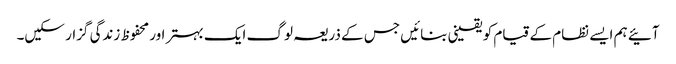
آئیے ہم ایسے نظام کے قیام کو یقینی بنائیں جس کے ذریعہ لوگ ایک بہتر اور محفوظ زندگی گزار سکیں۔